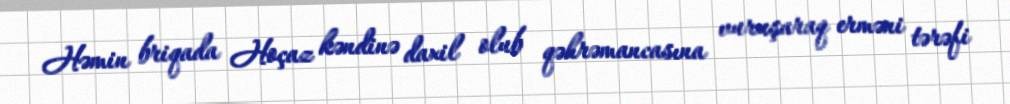
Həmin briqada Hoçaz kəndinə daxil olub qəhrəmancasına vuruşaraq erməni tərəfi